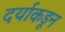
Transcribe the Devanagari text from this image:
दर्याकडून